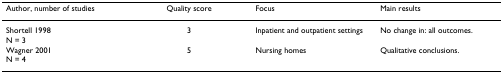
| Author, number of studies | Quality score | Focus | Main results |
 | --- | --- | --- | --- |
 | Shortell 1998 N = 3 | 3 | Inpatient and outpatient settings | No change in: all outcomes. |
 | Wagner 2001 N = 4 | 5 | Nursing homes | Qualitative conclusions. |